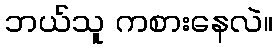
ဘယ်သူ ကစားနေလဲ။